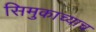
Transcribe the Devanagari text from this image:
सिमुकाच्याच